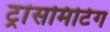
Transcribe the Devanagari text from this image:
ट्रांसमिटिंग